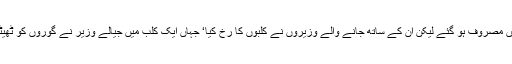
زرداری صاحب تو تھکاوٹ اتارنے میں مصروف ہو گئے لیکن ان کے ساتھ جانے والے وزیروں نے کلبوں کا رخ کیا‘ جہاں ایک کلب میں جیالے وزیر نے گوروں کو ٹھیٹھ پنجابی میں آداب محفل بھی سکھائے۔